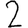
Digit: 2